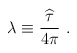
\begin{align*}\lambda\equiv{{\widehat\tau}\over 4\pi}~.\end{align*}